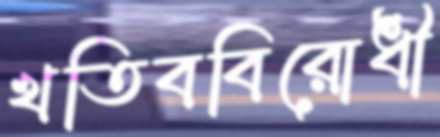
খতিববিরোধী